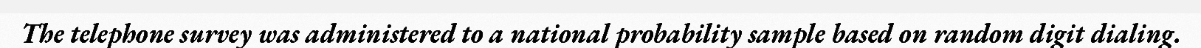
The telephone survey was administered to a national probability sample based on random digit dialing.